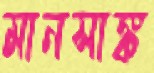
মানসাঙ্ক